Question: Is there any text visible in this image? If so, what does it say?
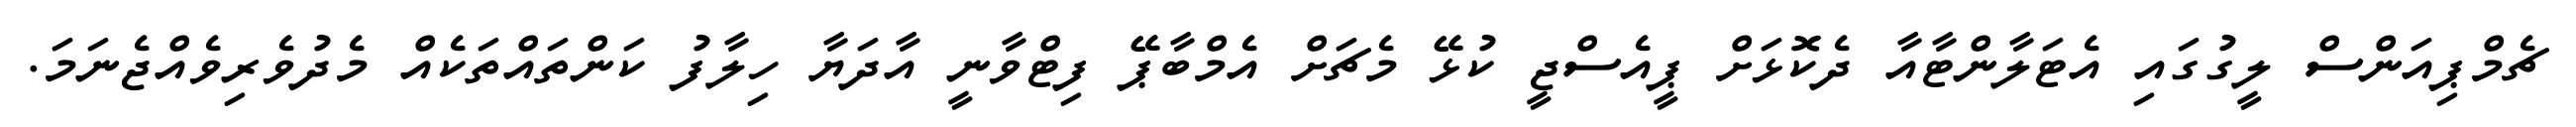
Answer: ޗެމްޕިއަންސް ލީގުގައި އެޓަލާންޓާއާ ދެކޮޅަށް ޕީއެސްޖީ ކުޅޭ މެޗަށް އެމްބާޕޭ ފިޓްވާނީ އާދަޔާ ހިލާފު ކަންތައްތަކެއް މެދުވެރިވެއްޖެނަމަ.